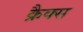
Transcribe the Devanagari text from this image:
क्रैक्‍स